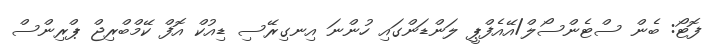
ފޮޓޯ: ބެން ސްޓެންސޯލް/އޭއެފްޕީ ލަންޑަންގައި ހުންނަ އިނގިރޭސި ޑިއުކް އޮފް ކޭމްބްރިޖް ޕްރިންސް